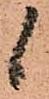
候